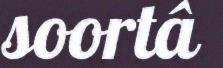
soortâ